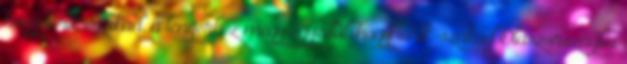
hogy törik-szakad, a tengerhez megy egyedül. hogy törik-szakad Olaszországba